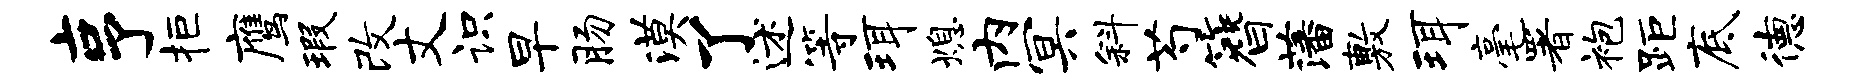
亨拒鹰瑕改丈识早肠漠了述等珥熄内冥斜芍簪藩敷珥毫署袍距底德